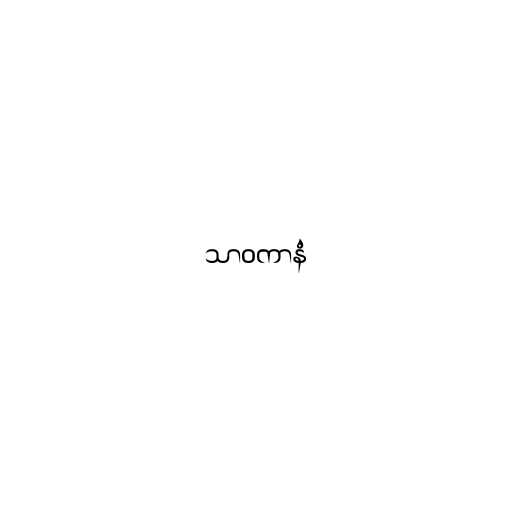
သာဝကာနံ